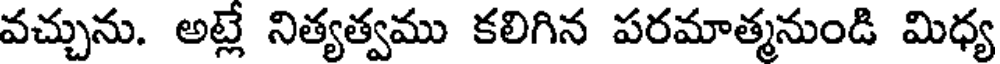
వచ్చును. అట్లే నిత్యత్వము కలిగిన పరమాత్మనుండి మిధ్య